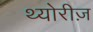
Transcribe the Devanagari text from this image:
थ्योरीज़